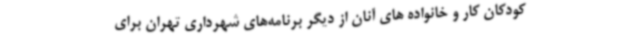
کودکان کار و خانواده ‌های آنان از دیگر برنامه‌های شهرداری تهران برای